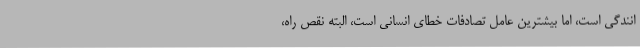
انندگی است، اما بیشترین عامل تصادفات خطای انسانی است، البته نقص راه،